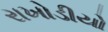
રાખોડીયો